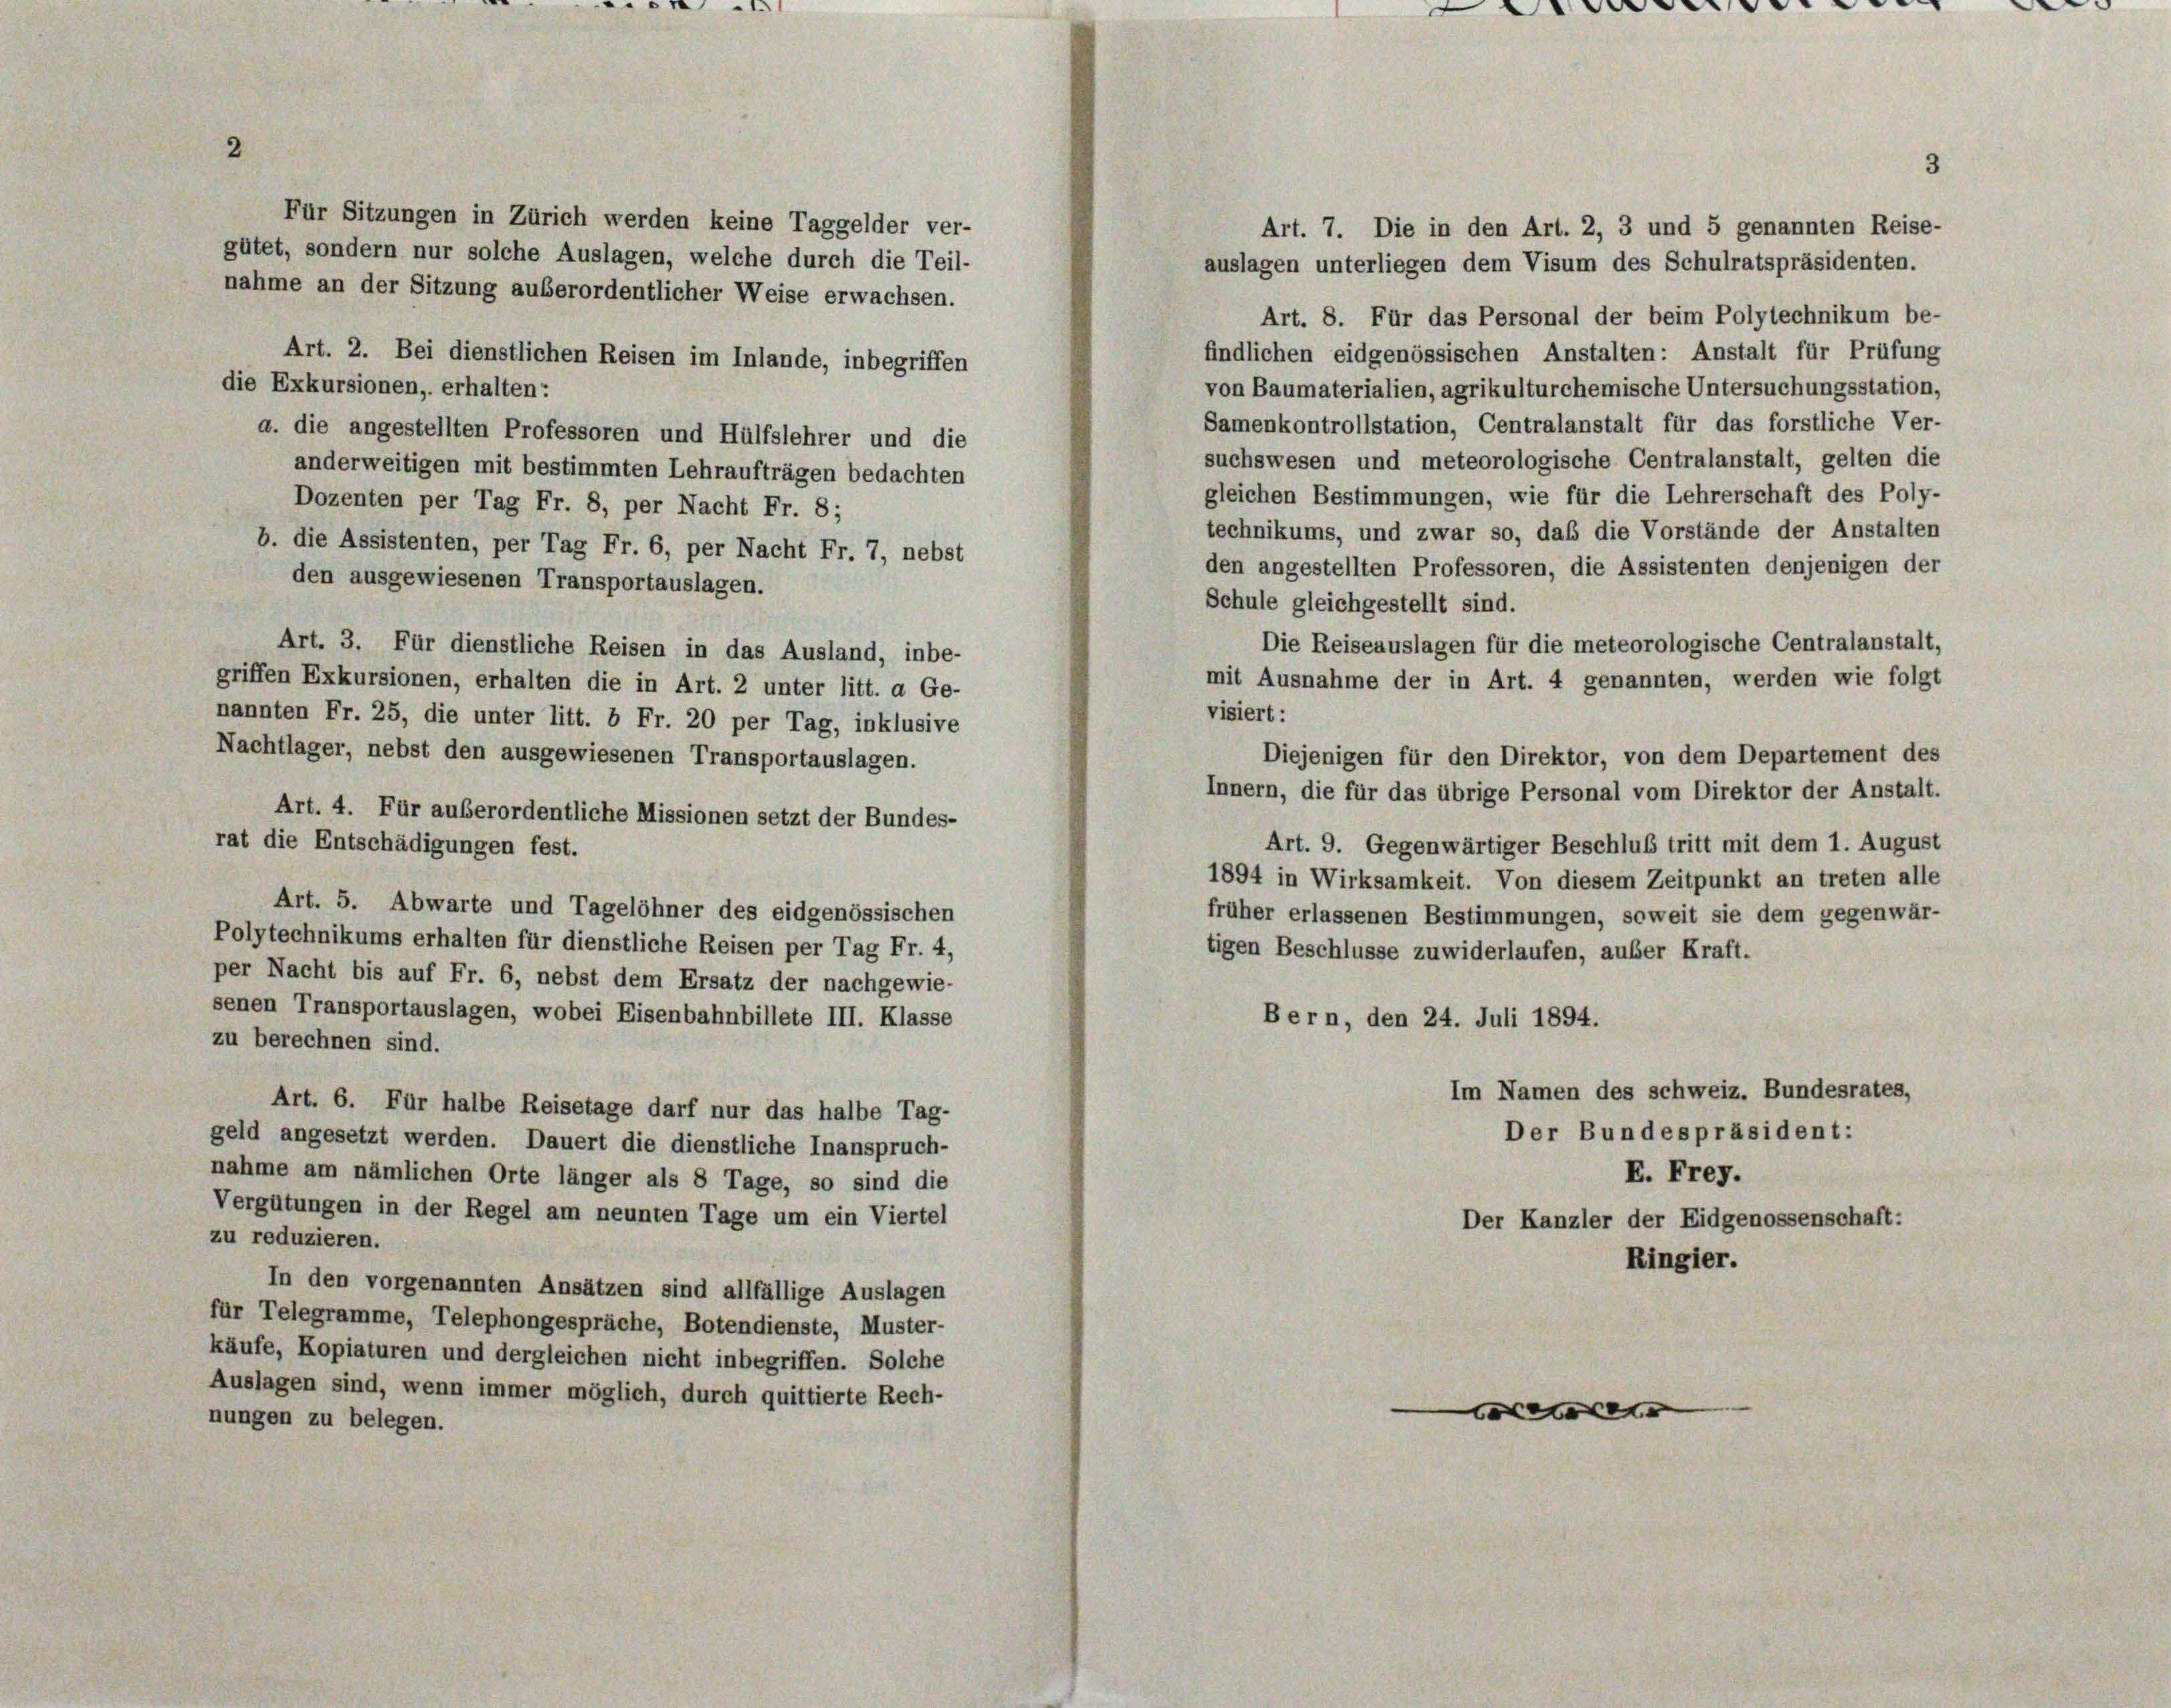
2

1

Für Sitzungen in Zürich werden keine Taggelder ver-
Art. 7. Die in den Art. 2, 3 und 5 genannten Reise-
gütet, sondern nur solche Auslagen, welche durch die Teil-
auslagen unterliegen dem Visum des Schulratspräsidenten.
nahme an der Sitzung außerordentlicher Weise erwachsen.
Art. 8. Für das Personal der beim Polytechnikum be-
findlichen eidgenössischen Anstalten: Anstalt für Prüfung
Art. 2. Bei dienstlichen Reisen im Inlande, inbegriffen
die Exkursionen, erhalten:
von Baumaterialien, agrikulturchemische Untersuchungsstation,
Samenkontrollstation, Centralanstalt für das forstliche Ver-
a. die angestellten Professoren und Hülfslehrer und die
suchswesen und meteorologische Centralanstalt, gelten die
anderweitigen mit bestimmten Lehraufträgen bedachten
gleichen Bestimmungen, wie für die Lehrerschaft des Poly-
Dozenten per Tag Fr. 8, per Nacht Fr. 8;
technikums, und zwar so, daß die Vorstände der Anstalten
b. die Assistenten, per Tag Fr. 6, per Nacht Fr. 7, nebst
den angestellten Professoren, die Assistenten denjenigen der
den ausgewiesenen Transportauslagen.
Schule gleichgestellt sind.
Die Reiseauslagen für die meteorologische Centralanstalt,
Art. 3. Für dienstliche Reisen in das Ausland, inbe-
mit Ausnahme der in Art. 4 genannten, werden wie folgt
griffen Exkursionen, erhalten die in Art. 2 unter litt. a Ge-
visiert:
nannten Fr. 25, die unter litt. b Fr. 20 per Tag, inklusive
Nachtlager, nebst den ausgewiesenen Transportauslagen.
Diejenigen für den Direktor, von dem Departement des
Innern, die für das übrige Personal vom Direktor der Anstalt.
Art. 4. Für außerordentliche Missionen setzt der Bundes-
rat die Entschädigungen fest.
Art. 9. Gegenwärtiger Beschluß tritt mit dem 1. August
1894 in Wirksamkeit. Von diesem Zeitpunkt an treten alle
Art. 5. Abwarte und Tagelöhner des eidgenössischen
früher erlassenen Bestimmungen, soweit sie dem gegenwär-
Polytechnikums erhalten für dienstliche Reisen per Tag Fr. 4,
tigen Beschlüsse zuwiderlaufen, außer Kraft.
per Nacht bis auf Fr. 6, nebst dem Ersatz der nachgewie-
senen Transportauslagen, wobei Eisenbahnbillete III. Klasse
Bern, den 24. Juli 1894.
zu berechnen sind.
Im Namen des schweiz. Bundesrates,
Art. 6. Für halbe Reisetage darf nur das halbe Tag-
Der Bundespräsident:
geld angesetzt werden. Dauert die dienstliche Inanspruch-
E. Frey.
nahme am nämlichen Orte länger als 8 Tage, so sind die
Vergütungen in der Regel am neunten Tage um ein Viertel
Der Kanzler der Eidgenossenschaft:
zu reduzieren.
Ringier.
In den vorgenannten Ansätzen sind allfällige Auslagen
für Telegramme, Telephongespräche, Botendienste, Muster-
käufe, Kopiaturen und dergleichen nicht inbegriffen. Solche
Auslagen sind, wenn immer möglich, durch quittierte Rech-
e
nungen zu belegen.